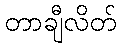
တာချီလိတ်